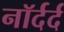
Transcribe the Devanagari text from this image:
नॉर्दर्द